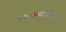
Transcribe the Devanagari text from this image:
चळवळीतली